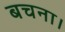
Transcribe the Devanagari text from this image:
बचना।